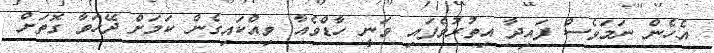
އެހެން ނަމަވެސް ފައިދާ އިތުރުވެފައި ވަނީ ހާޑްވެއާ ވިއްކައިގެން ކަމަށް ދޭހަވާ ގޮތަށް